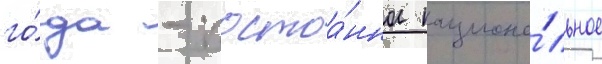
го́да - постоа́нное национа́льное